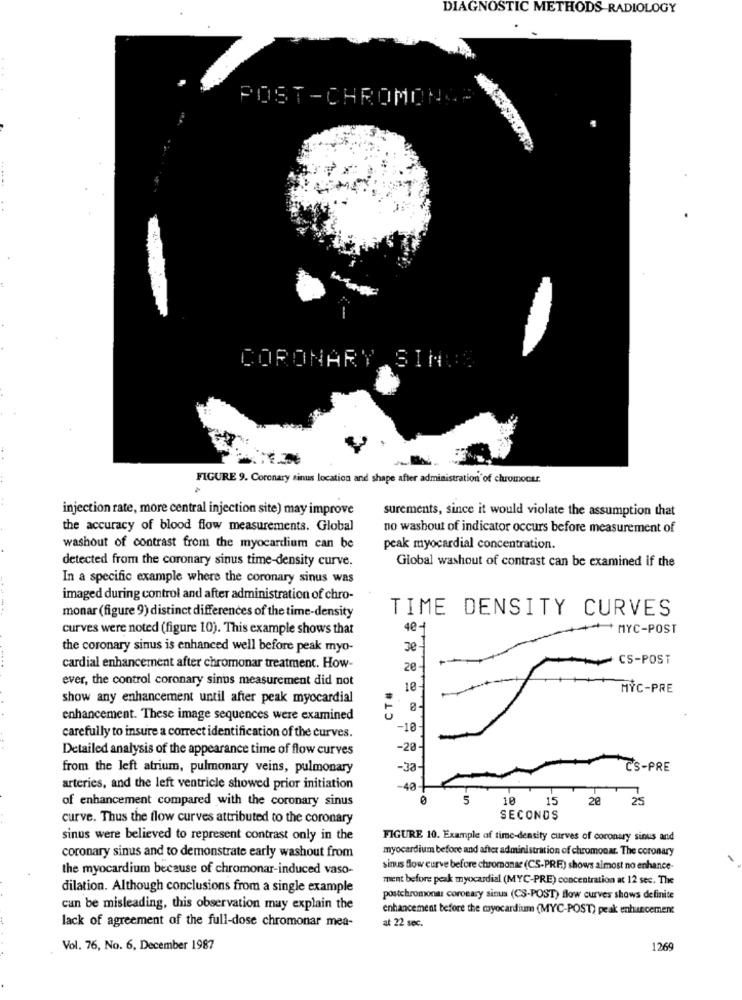
DIAGNOSTIC METHODS RADIOLOGY
POST-CHROMONCE
CORONARY SINGS
FIGURE 9. Coronary sinus location and shape after administration of chromocar.
injection rate, more central injection site) may improve
surements, since it would violate the assumption that
the accuracy of blood flow measurements. Global
no washout of indicator occurs before measurement of
washout of contrast from the myocardium can be
peak myocardial concentration.
detected from the coronary sinus time-density curve.
Global washout of contrast can be examined if the
In a specific example where the coronary sinus was
imaged during control and after administration of chro-
TIME DENSITY CURVES
monar (figure 9) distinct differences of the time-density
curves were noted (figure 10). This example shows that
40-
* MYC-POST
the coronary sinus is enhanced well before peak myo-
30
CS-POST
cardial enhancement after chromonar treatment. How-
20
ever, the control coronary sinus measurement did not
CT#
10
MYC-PRE
show any enhancement until after peak myocardial
enhancement. These image sequences were examined
-10
carefully to insure a correct identification of the curves.
Detailed analysis of the appearance time of flow curves
-20
from the left atrium, pulmonary veins, pulmonary
-33-
CS-PRE
arteries, and the left ventricle showed prior initiation
-40
of enhancement compared with the coronary sinus
5
10
15
20
25
curve. Thus the flow curves attributed to the coronary
SECONDS
sinus were believed to represent contrast only in the
FIGURE 10. Example of time-density curves of coronary sinus and
myocardium before and after administration of chromonar. The coronary
coronary sinus and to demonstrate early washout from
the myocardium because of chromonar-induced vaso-
sinus flow curve before chromonar (CS-PRF) shows almost no enhance-
ment before peak myocardial (MYC-PRE) concentration at 12 sec. The
dilation. Although conclusions from a single example
postchromonau coronary sinus (CS-POST) flow curves shows definite
can be misleading, this observation muy explain the
enhancement before the myocardium (MYC-POST) peak enhancement
lack of agreement of the full-dose chromonar mea-
at 22 sec.
Vol. 76, No. 6. December 1987
1269